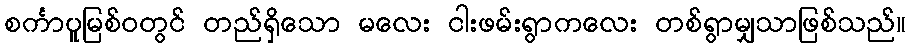
စင်္ကာပူမြစ်ဝတွင် တည်ရှိသော မလေး ငါးဖမ်းရွာကလေး တစ်ရွာမျှသာဖြစ်သည်။